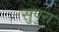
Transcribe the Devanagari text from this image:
सुपुरा